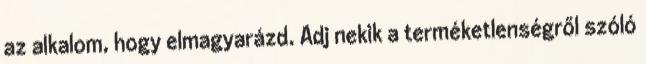
az alkalom, hogy elmagyarázd. Adj nekik a terméketlenségről szóló